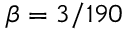
\beta = 3 / 1 9 0